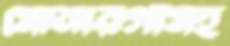
সোনারগাঁসহ